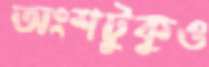
অংশটুকুও